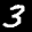
Label: 3